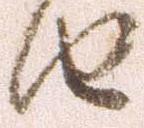
由